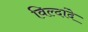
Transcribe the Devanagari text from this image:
विल्दांदे